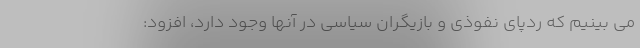
می بینیم که ردپای نفوذی و بازیگران سیاسی در آنها وجود دارد، افزود: